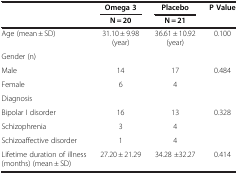
<table><thead><tr><td><b> </b></td><td><b>Omega 3</b></td><td><b>Placebo</b></td><td><b>P Value</b></td></tr><tr><td><b> </b></td><td><b>N = 20</b></td><td><b>N = 21</b></td><td><b> </b></td></tr></thead><tbody><tr><td>Age (mean ± SD)</td><td>31.10 ± 9.98 (year)</td><td>36.61 ± 10.92 (year)</td><td>0.100</td></tr><tr><td colspan="4">Gender (n)</td></tr><tr><td>Male</td><td>14</td><td>17</td><td>0.484</td></tr><tr><td>Female</td><td>6</td><td>4</td><td> </td></tr><tr><td colspan="4">Diagnosis</td></tr><tr><td>Bipolar I disorder</td><td>16</td><td>13</td><td>0.328</td></tr><tr><td>Schizophrenia</td><td>3</td><td>4</td><td> </td></tr><tr><td>Schizoaffective disorder</td><td>1</td><td>4</td><td> </td></tr><tr><td>Lifetime duration of illness (months) (mean ± SD)</td><td>27.20 ± 21.29</td><td>34.28 ±32.27</td><td>0.414</td></tr></tbody></table>